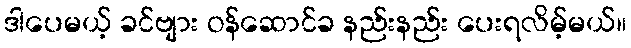
ဒါပေမယ့် ခင်ဗျား ဝန်ဆောင်ခ နည်းနည်း ပေးရလိမ့်မယ်။